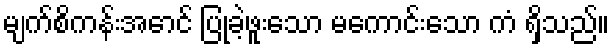
မျက်စိကန်းအောင် ပြုခဲ့ဖူးသော မကောင်းသော ကံ ရှိသည်။